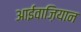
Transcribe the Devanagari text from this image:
आईवाज़ियान